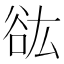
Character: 谹